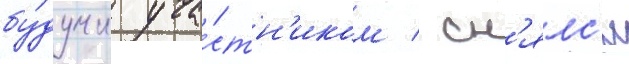
бу́дучи уча́стн'иком / сн'ялс'я